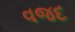
વજદ